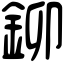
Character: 鉚